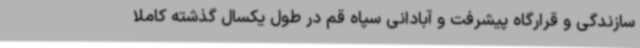
سازندگی و قرارگاه پیشرفت و آبادانی سپاه قم در طول یکسال گذشته کاملا